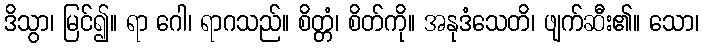
ဒိသွာ၊ မြင်၍။ ရာ ဂေါ၊ ရာဂသည်။ စိတ္တံ၊ စိတ်ကို။ အနုဒံသေတိ၊ ဖျက်ဆီး၏။ သော၊